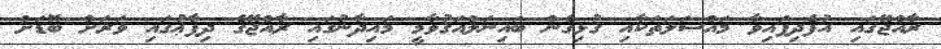
ރާއްޖޭގައި އުފެދިފައިވާ މައްސަލަތަކާއި ގުޅިގެން ބައިނަލްއަޤުވާމީ މައިދާނުގައި ރާއްޖޭގެ ދިފާޢުގައި ވަރަށް ބޮޑަށް